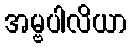
အမ္ဗပါလိယာ